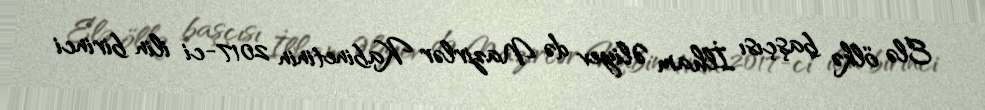
Elə ölkə başçısı İlham Əliyev də Nazirlər Kabinetinin 2017-ci ilin birinci